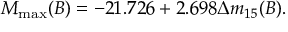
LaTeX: M _ { \mathrm { m a x } } ( B ) = - 2 1 . 7 2 6 + 2 . 6 9 8 \Delta m _ { 1 5 } ( B ) .